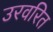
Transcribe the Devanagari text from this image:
उरवरित